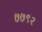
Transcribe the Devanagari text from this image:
७७९२